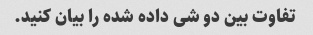
تفاوت بین دو شی داده شده را بیان کنید.